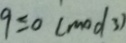
9 \leq 0 ( m o d 3 )